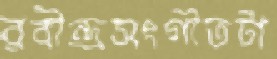
রবীন্দ্রসংগীতটা